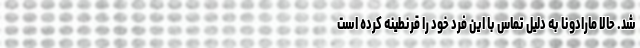
شد. حالا مارادونا به دلیل تماس با این فرد خود را قرنطینه کرده است